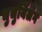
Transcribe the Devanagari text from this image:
चुचुयिंलंग